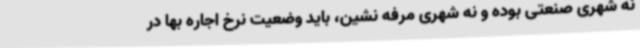
نه شهری صنعتی بوده و نه شهری مرفه نشین، باید وضعیت نرخ اجاره بها در